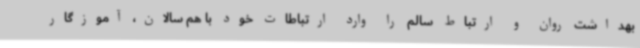
بهداشت روان و ارتباط سالم را وارد ارتباطات خود با هم سالان، آموزگار